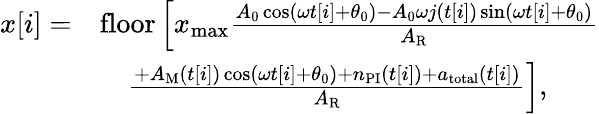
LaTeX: \begin{array}{rl}{x[i]=}&{\mathrm{floor}\left[x_{\mathrm{max}}\frac{A_{0}\cos(\omega t[i]+\theta_{0})-A_{0}\omega j(t[i])\sin(\omega t[i]+\theta_{0})}{A_{\mathrm{R}}}\right.}\\ &{\left.\quad\frac{+A_{\mathrm{M}}(t[i])\cos(\omega t[i]+\theta_{0})+n_{\mathrm{PI}}(t[i])+a_{\mathrm{total}}(t[i])}{A_{\mathrm{R}}}\right],}\end{array}